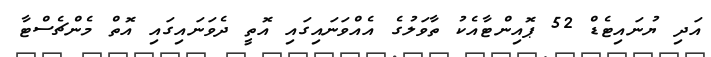
އަދި ޔުނައިޓެޑް 52 ޕޮއިންޓާއެކު ތާވަލުގެ އެއްވަނައިގައި އޮތީ ދެވަނައިގައި އޮތް މެންޗެސްޓާ